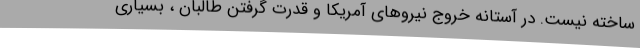
ساخته نیست. در آستانه خروج نیروهای آمریکا و قدرت گرفتن طالبان ، بسیاری